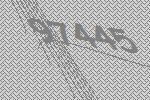
97445